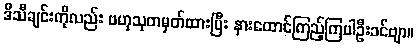
ဒီသီချင်းကိုလည်း ဗဟုသုတမှတ်ထားပြီး နားထောင်ကြည့်ကြပါဦးခင်ဗျာ။